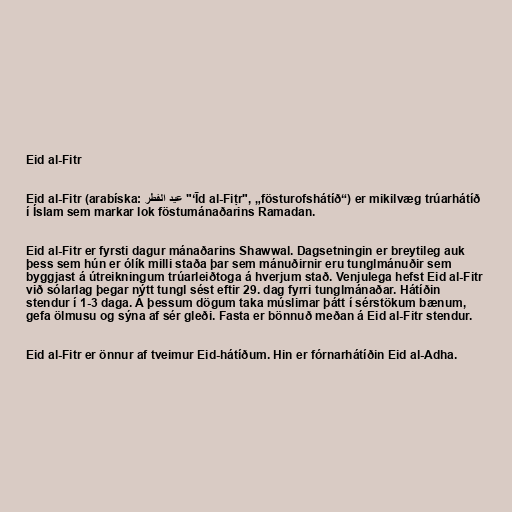
Eid al-Fitr

Eid al-Fitr (arabíska: عيد الفطر‎‎ "ʻĪd al-Fiṭr", „fösturofshátíð“) er mikilvæg trúarhátíð
í Íslam sem markar lok föstumánaðarins Ramadan.

Eid al-Fitr er fyrsti dagur mánaðarins Shawwal. Dagsetningin er breytileg auk
þess sem hún er ólík milli staða þar sem mánuðirnir eru tunglmánuðir sem
byggjast á útreikningum trúarleiðtoga á hverjum stað. Venjulega hefst Eid al-Fitr
við sólarlag þegar nýtt tungl sést eftir 29. dag fyrri tunglmánaðar. Hátíðin
stendur í 1-3 daga. Á þessum dögum taka múslimar þátt í sérstökum bænum,
gefa ölmusu og sýna af sér gleði. Fasta er bönnuð meðan á Eid al-Fitr stendur.

Eid al-Fitr er önnur af tveimur Eid-hátíðum. Hin er fórnarhátíðin Eid al-Adha.